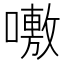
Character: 𭋝